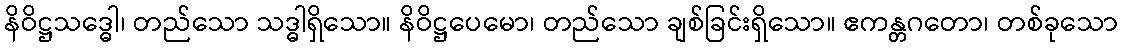
နိဝိဋ္ဌသဒ္ဓေါ၊ တည်သော သဒ္ဓါရှိသော။ နိဝိဋ္ဌပေမော၊ တည်သော ချစ်ခြင်းရှိသော။ ဧကန္တဂတော၊ တစ်ခုသော